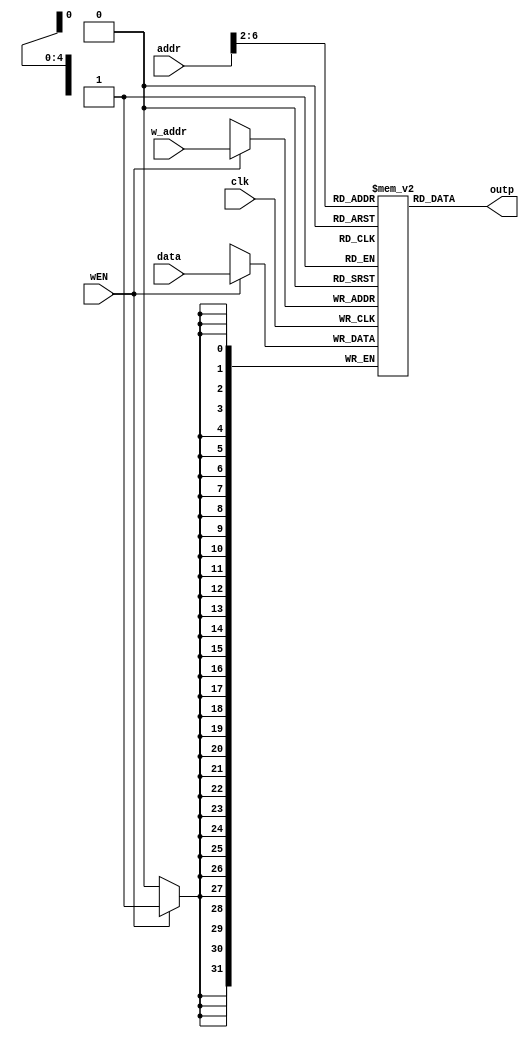
module inst_mem(addr,outp,data,wEN,clk,w_addr);//using 1k * 32bit room
  input [31:0] addr,data;
  output [31:0] outp;
  input [4:0] w_addr;
  wire [6:2] addren;//pc[1:0] is not control signal,so start at addr[2]
  input wEN,clk;
  reg  [31:0] inst_mem [31:0];
  assign addren = addr[6:2];
  assign outp = inst_mem[addren];
  always@(negedge clk)
  begin
    if(wEN)
      inst_mem[w_addr] <= data;
  end
endmodule